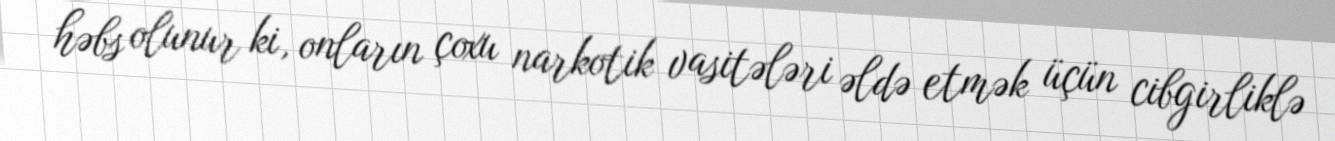
həbs olunur ki, onların çoxu narkotik vasitələri əldə etmək üçün cibgirliklə